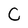
Character: C